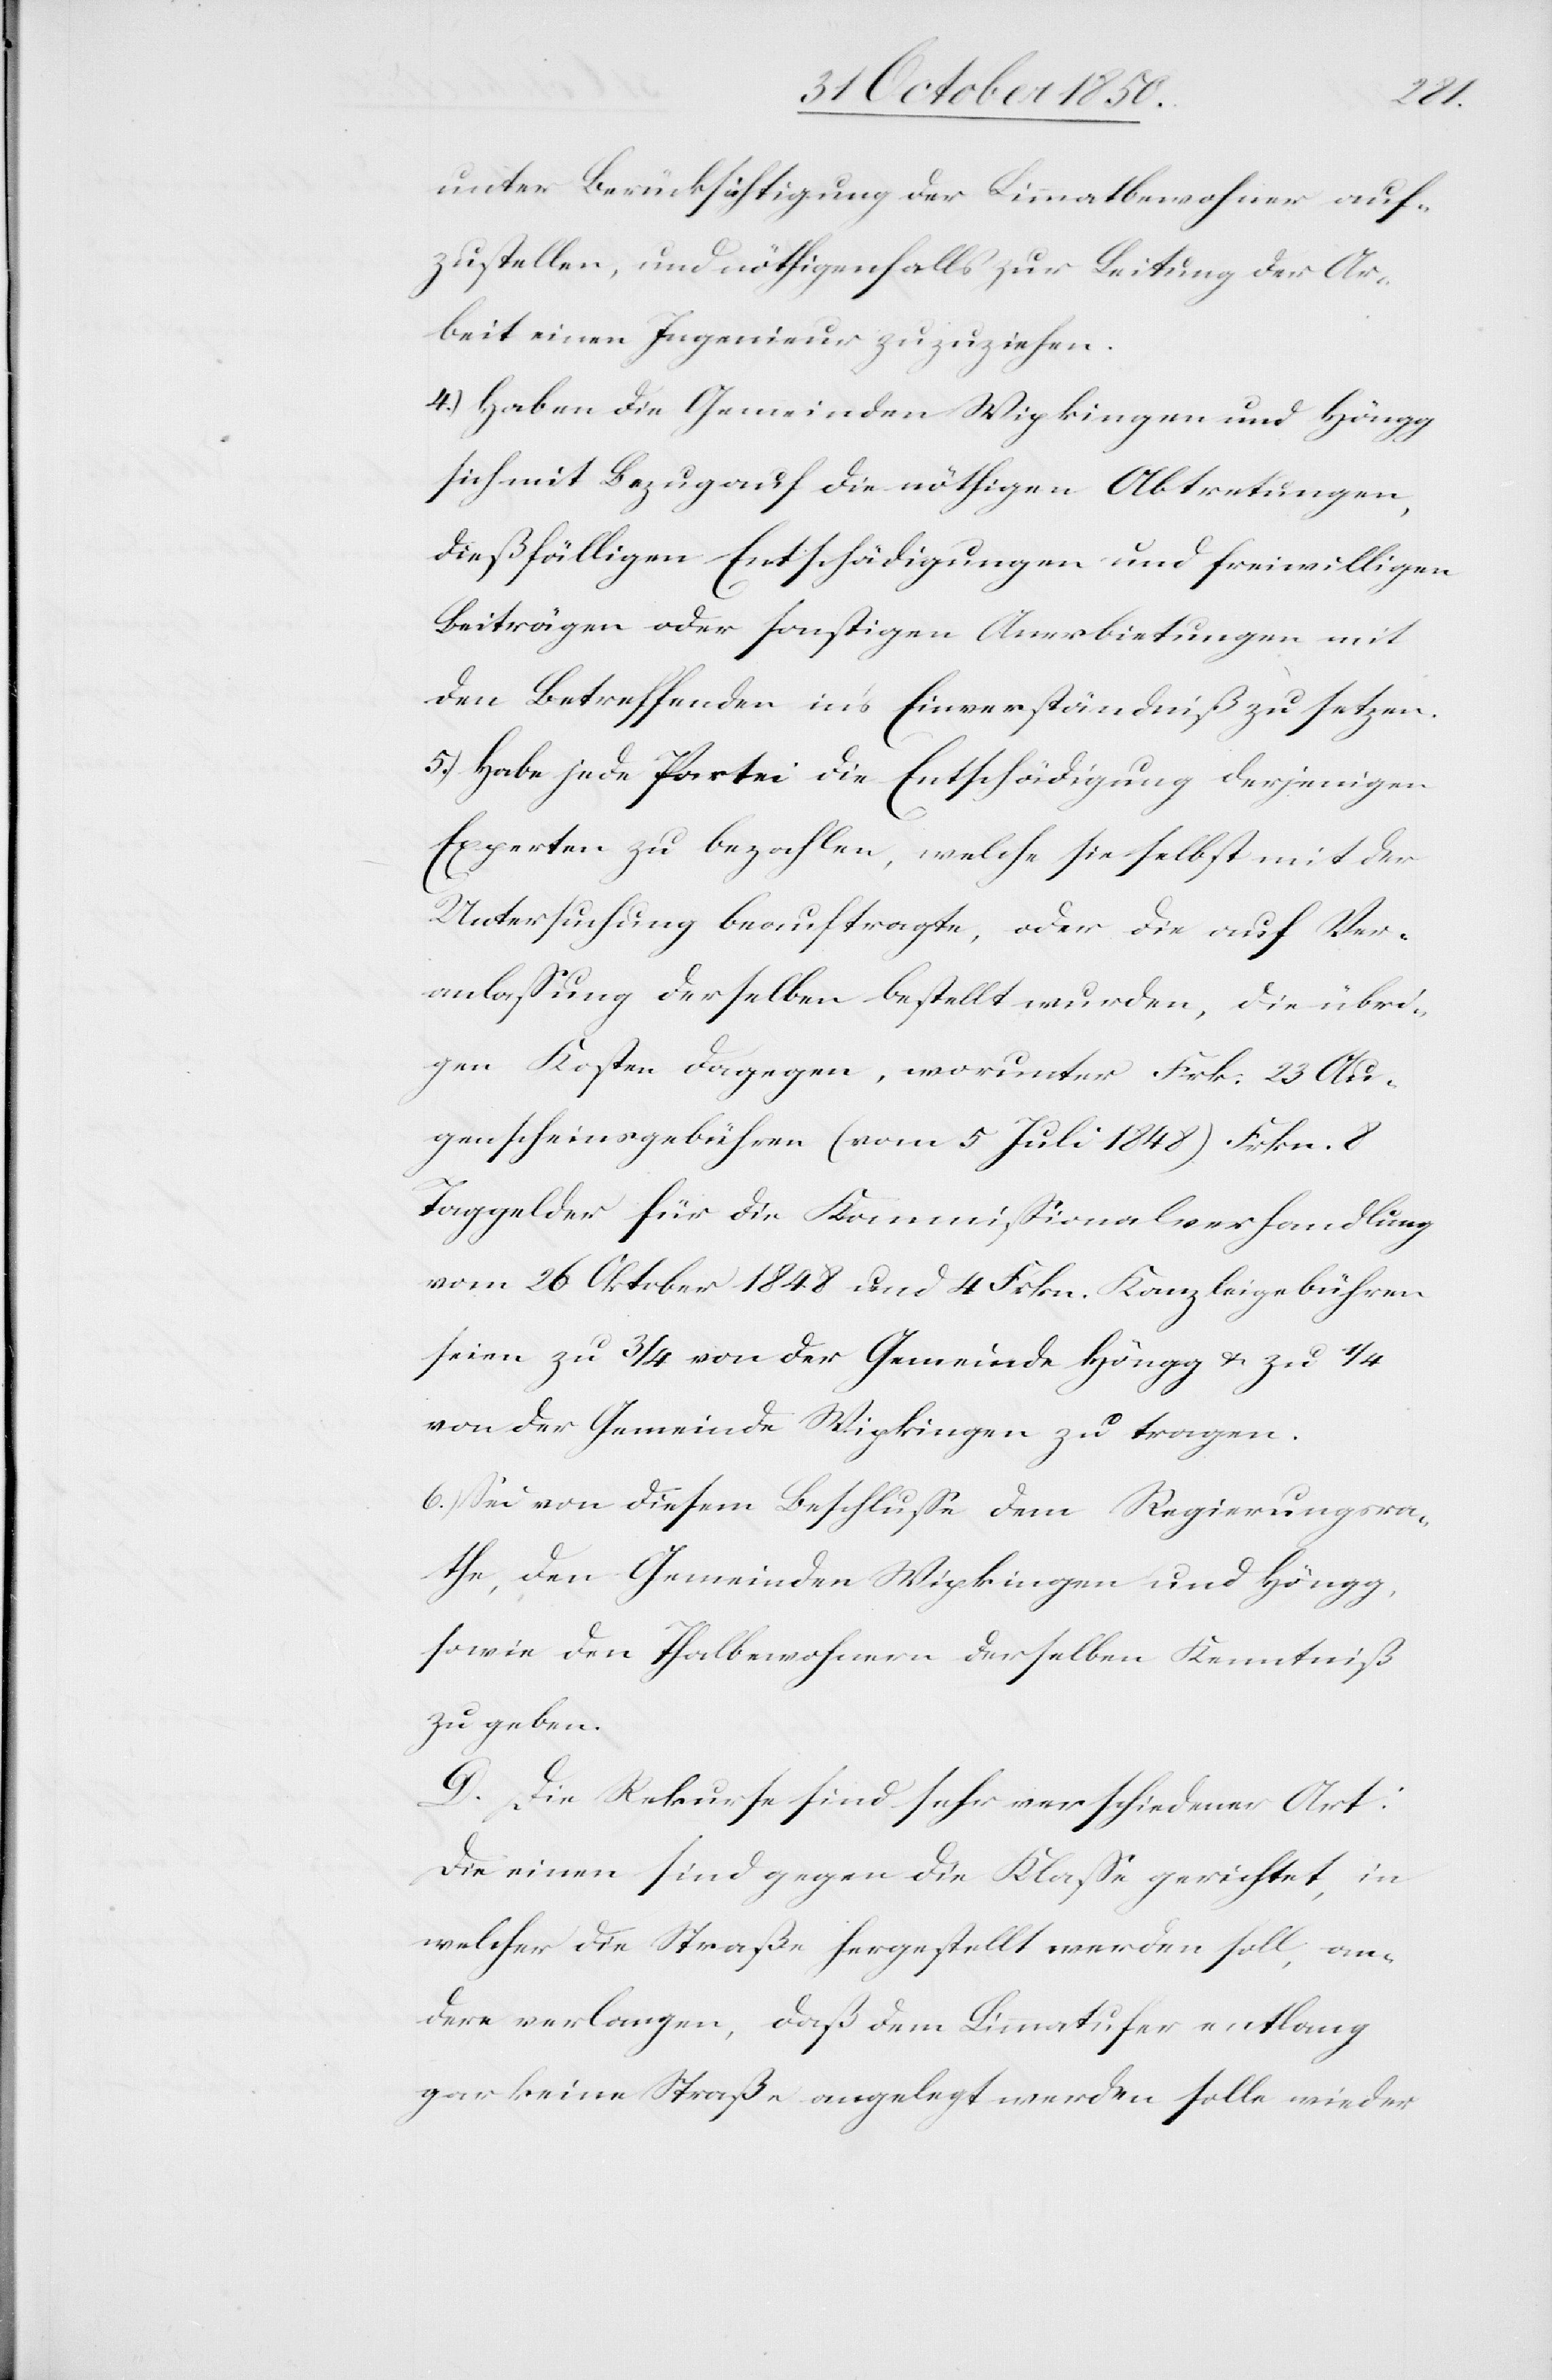
unter Berücksichtigung der Limmatbewohner auf¬
zustellen, und nöthigenfalls zur Leitung der Ar¬
beit einen Ingenieur zuzuziehen.
4.) Haben die Gemeinden Wipkingen und Höngg
sich mit Bezug auf die nöthigen Abtretungen,
dießfälligen Entschädigungen und freiwilligen
Beiträgen oder sonstigen Anerbietungen mit
den Betreffenden in’s Einverständniß zu setzen.
5.) Habe jede Partei die Entschädigung derjenigen
Experten zu bezahlen, welche sie selbst mit der
Untersuchung beauftragte, oder die auf Ver¬
anlassung derselben bestellt wurden, die übri¬
gen Kosten dagegen, worunter Frk. 23 Au¬
genscheinsgebühren (vom 5 Juli 1848) Frkn. 8
Taggelder für die Kommissionalverhandlung
vom 26 Oktober 1848 und 4 Frkn. Kanzleigebühren
seien zu 3/4 von der Gemeinde Höngg & zu 1/4
von der Gemeinde Wipkingen zu tragen.
6.) Sei von diesem Beschlusse dem Regierungsra¬
the, den Gemeinden Wipkingen und Höngg,
sowie den Thalbewohnern derselben Kenntniß
zu geben.
D. Die Rekurse sind sehr verschiedener Art:
Die einen sind gegen die Klasse gerichtet, in
welcher die Straße hergestellt werden soll, an¬
dere verlangen, daß dem Limmatufer entlang
gar keine Straße angelegt werden solle wieder